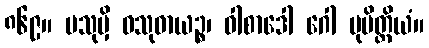
၈၆၉။ ပသုမှိ ဝသုဓာယဉ္စ၊ ဝါစာဒေါ ဂေါ ပုမိတ္ထိယံ။